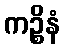
ကဉ္စိနံ